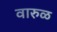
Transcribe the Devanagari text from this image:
वारुळ